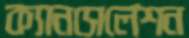
ক্যানসেলেশন